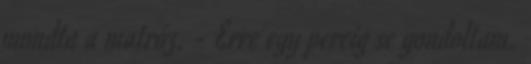
mondta a matróz. - Erre egy percig se gondoltam.